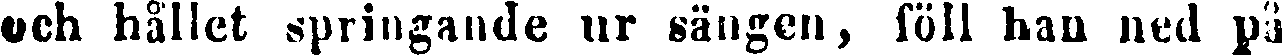
och hållet springande ur sängen, föll han ned på